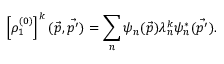
\left[ \rho _ { 1 } ^ { ( 0 ) } \right] ^ { k } ( \vec { p } , \vec { p ^ { \prime } } ) = \sum _ { n } \psi _ { n } ( \vec { p } ) \lambda _ { n } ^ { k } \psi _ { n } ^ { * } ( \vec { p ^ { \prime } } ) .